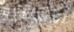
الاستديو